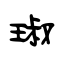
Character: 琡